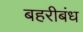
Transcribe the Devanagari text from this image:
बहरीबंध